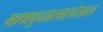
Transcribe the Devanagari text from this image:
भाषाकुळाखालोखाल